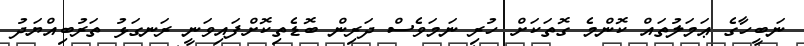
ނަބީހާގެ ޢަމަލުތައް ކޮންމެ ގޮތަކަށް ހުރި ނަމަވެސް ދަރިން ބޮޑެތިކޮށްފައިވަނީ ރަނގަޅު ތަރުބިއްޔަދު